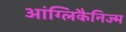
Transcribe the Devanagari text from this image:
आंग्लिकैनिज्म